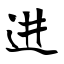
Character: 进